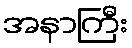
အနာကြီး